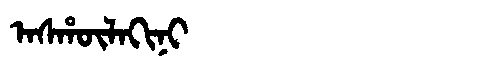
Manchu: ᠠᠰᡥᡡᠯᠠᡴᡳᠨᡳ
Romanization: ASHŪLAKINI